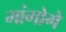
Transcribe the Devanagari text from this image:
मांगोगे